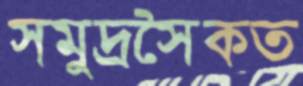
সমুদ্রসৈকত